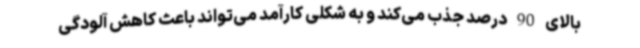
بالای 90 درصد جذب می‌کند و به شکلی کارآمد می‌تواند باعث کاهش آلودگی